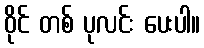
ဝိုင် တစ် ပုလင်း ပေးပါ။